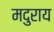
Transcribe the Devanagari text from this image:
मदुराय